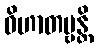
ဝိဟာတဗ္ဗန္တိ